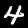
Digit: 4